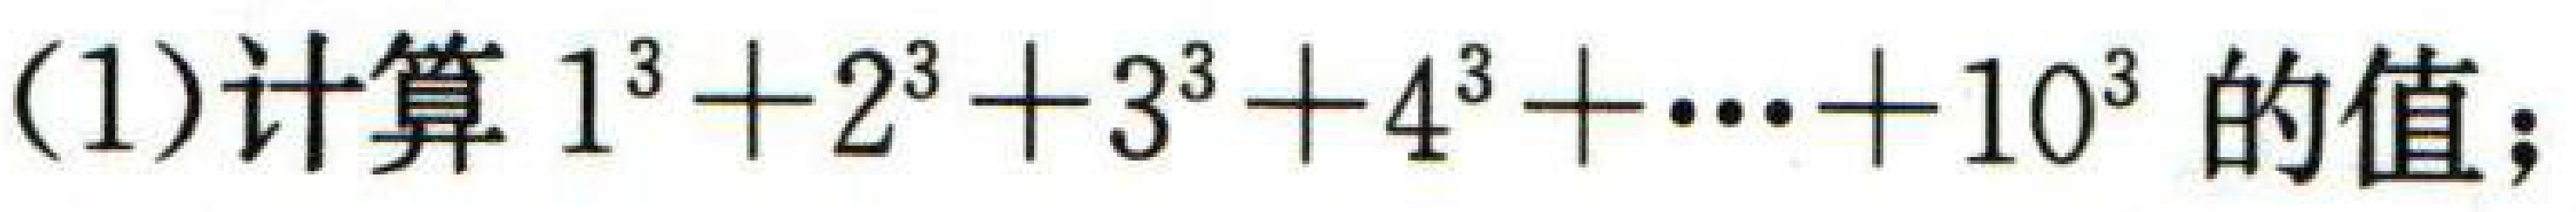
(1)计算$1^{3}+2^{3}+3^{3}+4^{3}+\cdots +10^{3}$的值；